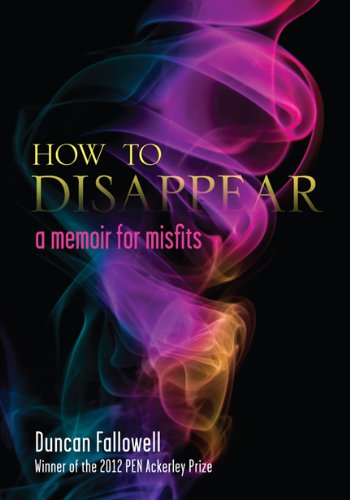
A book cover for How to Disappear: A Memoir for Misfits; Duncan Fallowell; Gay & Lesbian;